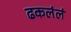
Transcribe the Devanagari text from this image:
ढकलंलं